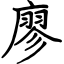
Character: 廖